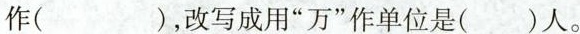
作( )，改写成用”万”作单位是( )人。